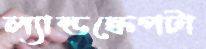
ল্যান্ডস্কেপটা